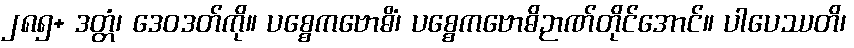
၂၈၅+ ဒတ္တံ၊ ဒေဝဒတ်ကို။ ပစ္စေကဗောဓိံ၊ ပစ္စေကဗောဓိဉာဏ်တိုင်အောင်။ ပါပေဿတိ၊